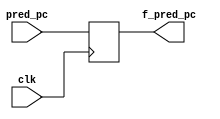
`timescale 1ns / 1ps

module f_reg(
  clk,pred_pc,
  f_pred_pc
);  
  input clk;
  input [63:0] pred_pc;
  output reg [63:0] f_pred_pc;

  always@(posedge clk)
  begin
    f_pred_pc<=pred_pc;
  end
endmodule